Annual administration report of the Civil Veterinary Department of India - 1894-1895
Year: 1894
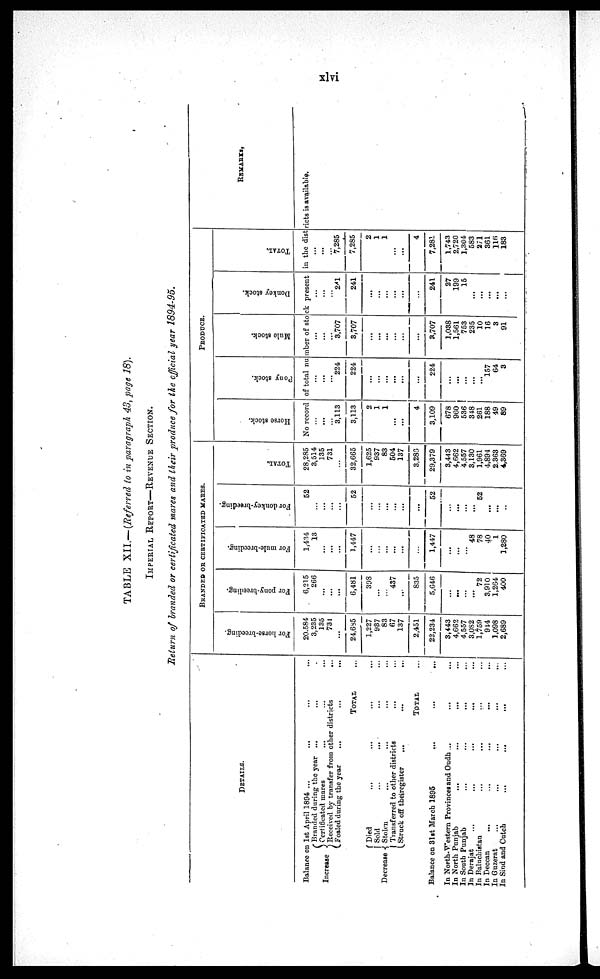
TABLE XII.— (Referred to in paragraph 43, page 18).
IMPERIAL REPORT—REVENUE SECTION.
Return of branded or certificated mares and their produce for the official year 1894-95.
DETAILS.
Balance on 1st April 1894 ...
...
... ...
Increase
Branded during the year ... ... ...
Certificated mares
...
...
...
Received by transfer from other districts...
Foaled during the year ... ...
...
TOTAL
...
Decrease
Died
...
...
...
...
Sold ... ... ... ...
Stolen ... ... ... ...
Transferred to other districts
...
...
Struck off theiregister
...
...
...
TOTAL ...
Balance on 31st March 1895
...
...
...
In North-Western Provinces and Oudh ... ... ...
In North Punjab
...
...
...
...
In South Punjab
...
...
...
...
In Derajat
...
...
...
... ...
In Baluchistan
...
...
...
...
In Deccan
...
...
...
...
...
In
Guzerat
...
...
...
...
...
In Sind and Cutch
...
...
...
...
BRANDED
OR
CERTIFIED
MARES.
For horse-breeding.
20,584
3,235
135
731
...
24,685
1,227
987
83
67
137
2,451
22,234
3,443
4,662
4,557
3.082
1,759
944
1,098
2,689
For pony-breeding.
6,215
266
...
...
...
6,481
398
...
...
437
...
835
5,646
...
...
...
...
72
3,910
1,264
400
For mule-breeding.
1,434
13
...
...
...
1,447
...
...
...
...
...
...
1,447
...
...
...
48
78
40
1
1,280
For donkey-breeding.
52
...
...
...
...
52
...
...
...
...
...
...
52
...
...
...
...
52
...
...
...
TOTAL.
28,285
3,514
135
731
...
32,665
1,625
937
83
504
137
3,286
29,379
3,443
4,662
4,557
3,130
1,961
4,894
2,363
4,369
PRODUCE.
Horse stock.
Pony stock.
Mule stock.
Donkey stock.
TOTAL.
REMARKS.
No record of total number of stock present in the districts is available.
...
...
...
3,113
3,113
2
1
1
...
...
4
3,109
678
960
536
348
261
188
49
89
...
...
...
224
224
...
...
...
...
...
...
224
...
...
...
...
...
157
64
3
...
...
...
3,707
3,707
...
...
...
...
...
...
3,707
1,038
1,561
753
235
10
16
3
91
...
...
241
241
...
...
...
...
241
27
199
15
...
...
...
...
...
...
...
...
7,285
7,285
2
1
1
...
...
4
7,281
1,743
2,720
1,304
583
271
361
116
183